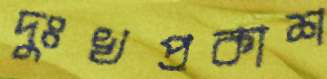
দুঃখপ্রকাশ